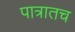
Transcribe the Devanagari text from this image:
पात्रातच